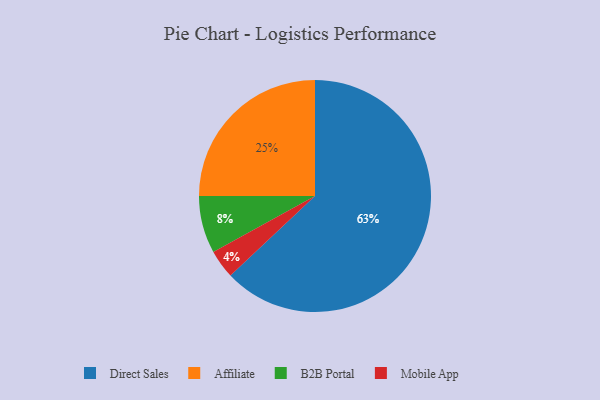
{"axis": {"x": "Category", "y": "Percentage"}, "legend": ["Affiliate", "B2B Portal", "Direct Sales", "Mobile App"], "data": [{"x": "Mobile App", "y": 4, "type": "Mobile App"}, {"x": "B2B Portal", "y": 8, "type": "B2B Portal"}, {"x": "Direct Sales", "y": 63, "type": "Direct Sales"}, {"x": "Affiliate", "y": 25, "type": "Affiliate"}]}